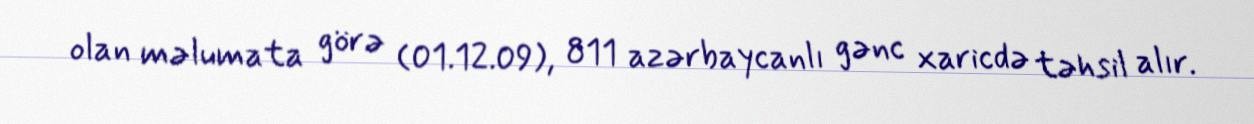
olan məlumata görə (01.12.09), 811 azərbaycanlı gənc xaricdə təhsil alır.